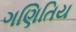
ગણિતિય